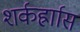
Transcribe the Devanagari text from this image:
शर्कर्ह्राास